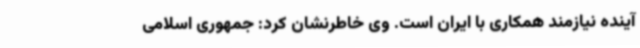
آینده نیازمند همکاری با ایران است. وی خاطرنشان کرد: جمهوری اسلامی